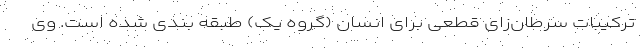
ترکیبات سرطان‌زای قطعی برای انسان (گروه یک) طبقه بندی شده است. وی